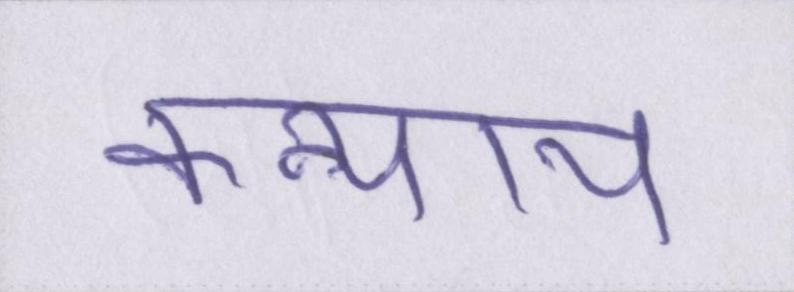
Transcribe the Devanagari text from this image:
कन्याय